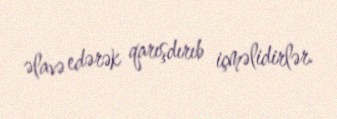
əlavə edərək qarışdırıb içməlidirlər.